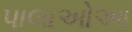
પાલાઓઆ